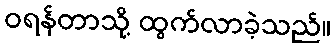
ဝရန်တာသို့ ထွက်လာခဲ့သည်။